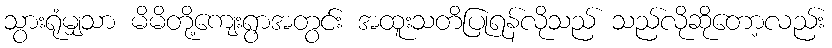
သွားရုံမျှသာ မိမိတို့ကျေးရွာအတွင်း အထူးသတိပြုရန်လိုသည် သည်လိုဆိုတော့လည်း